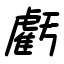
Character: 虧